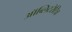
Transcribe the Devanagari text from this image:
ऑब्लिटरेटिव